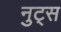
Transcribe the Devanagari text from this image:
नुट्स